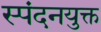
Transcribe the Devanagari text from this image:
स्पंदनयुक्त